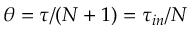
\theta = \tau / ( N + 1 ) = \tau _ { i n } / N